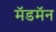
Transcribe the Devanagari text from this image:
मॅडमॅन